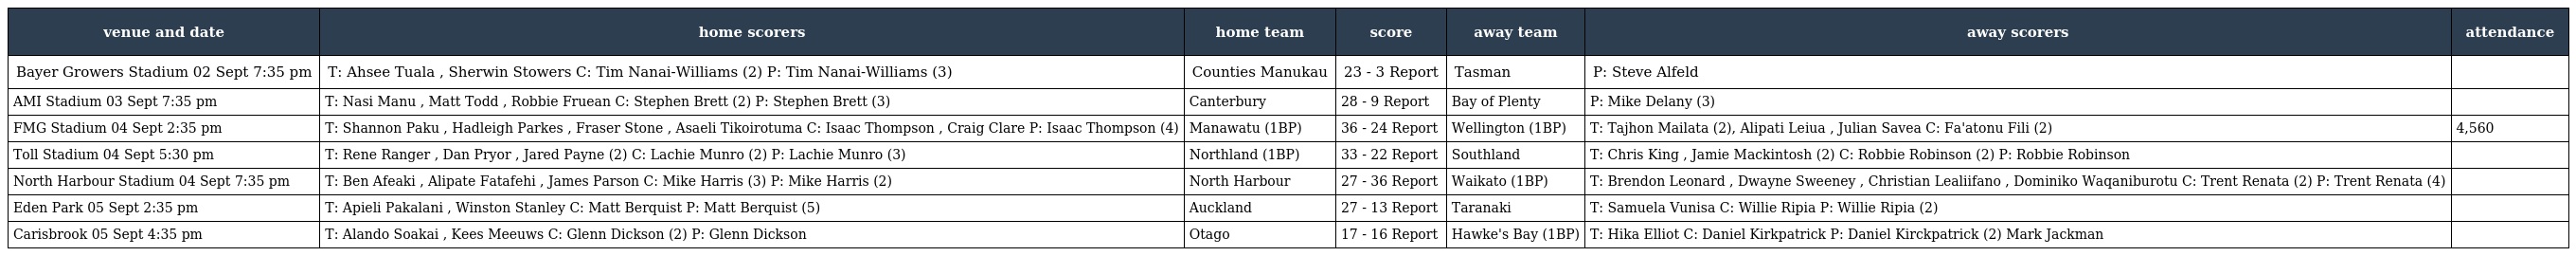
| venue and date | home scorers | home team | score | away team | away scorers | attendance |
 | --- | --- | --- | --- | --- | --- | --- |
 | Bayer Growers Stadium 02 Sept 7:35 pm | T: Ahsee Tuala , Sherwin Stowers C: Tim Nanai-Williams (2) P: Tim Nanai-Williams (3) | Counties Manukau | 23 - 3 Report | Tasman | P: Steve Alfeld |  |
 | AMI Stadium 03 Sept 7:35 pm | T: Nasi Manu , Matt Todd , Robbie Fruean C: Stephen Brett (2) P: Stephen Brett (3) | Canterbury | 28 - 9 Report | Bay of Plenty | P: Mike Delany (3) |  |
 | FMG Stadium 04 Sept 2:35 pm | T: Shannon Paku , Hadleigh Parkes , Fraser Stone , Asaeli Tikoirotuma C: Isaac Thompson , Craig Clare P: Isaac Thompson (4) | Manawatu (1BP) | 36 - 24 Report | Wellington (1BP) | T: Tajhon Mailata (2), Alipati Leiua , Julian Savea C: Fa'atonu Fili (2) | 4,560 |
 | Toll Stadium 04 Sept 5:30 pm | T: Rene Ranger , Dan Pryor , Jared Payne (2) C: Lachie Munro (2) P: Lachie Munro (3) | Northland (1BP) | 33 - 22 Report | Southland | T: Chris King , Jamie Mackintosh (2) C: Robbie Robinson (2) P: Robbie Robinson |  |
 | North Harbour Stadium 04 Sept 7:35 pm | T: Ben Afeaki , Alipate Fatafehi , James Parson C: Mike Harris (3) P: Mike Harris (2) | North Harbour | 27 - 36 Report | Waikato (1BP) | T: Brendon Leonard , Dwayne Sweeney , Christian Lealiifano , Dominiko Waqaniburotu C: Trent Renata (2) P: Trent Renata (4) |  |
 | Eden Park 05 Sept 2:35 pm | T: Apieli Pakalani , Winston Stanley C: Matt Berquist P: Matt Berquist (5) | Auckland | 27 - 13 Report | Taranaki | T: Samuela Vunisa C: Willie Ripia P: Willie Ripia (2) |  |
 | Carisbrook 05 Sept 4:35 pm | T: Alando Soakai , Kees Meeuws C: Glenn Dickson (2) P: Glenn Dickson | Otago | 17 - 16 Report | Hawke's Bay (1BP) | T: Hika Elliot C: Daniel Kirkpatrick P: Daniel Kirckpatrick (2) Mark Jackman |  |